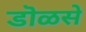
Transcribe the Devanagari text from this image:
डॊळसे